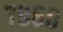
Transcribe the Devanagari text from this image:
७९६८